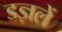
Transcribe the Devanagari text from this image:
डज्ञलें